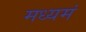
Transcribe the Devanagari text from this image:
मध्यमं